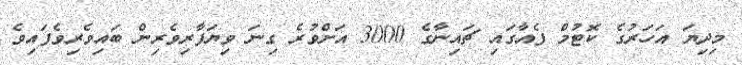
މިދިޔަ އަހަރުގެ ކޮޓުމް ފެއާގައި ޗައިނާގެ 3000 އަށްވުރެ ގިނަ ވިޔަފާރިވެރިން ބައިވެރިވެފައިވެ